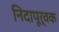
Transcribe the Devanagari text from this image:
निदापूर्वक